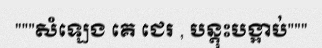
"""សំឡេង គេ ជេរ , បន្តុះបង្អាប់"""